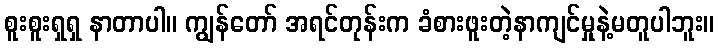
စူးစူးရှရှ နာတာပါ။ ကျွန်တော် အရင်တုန်းက ခံစားဖူးတဲ့နာကျင်မှုနဲ့မတူပါဘူး။